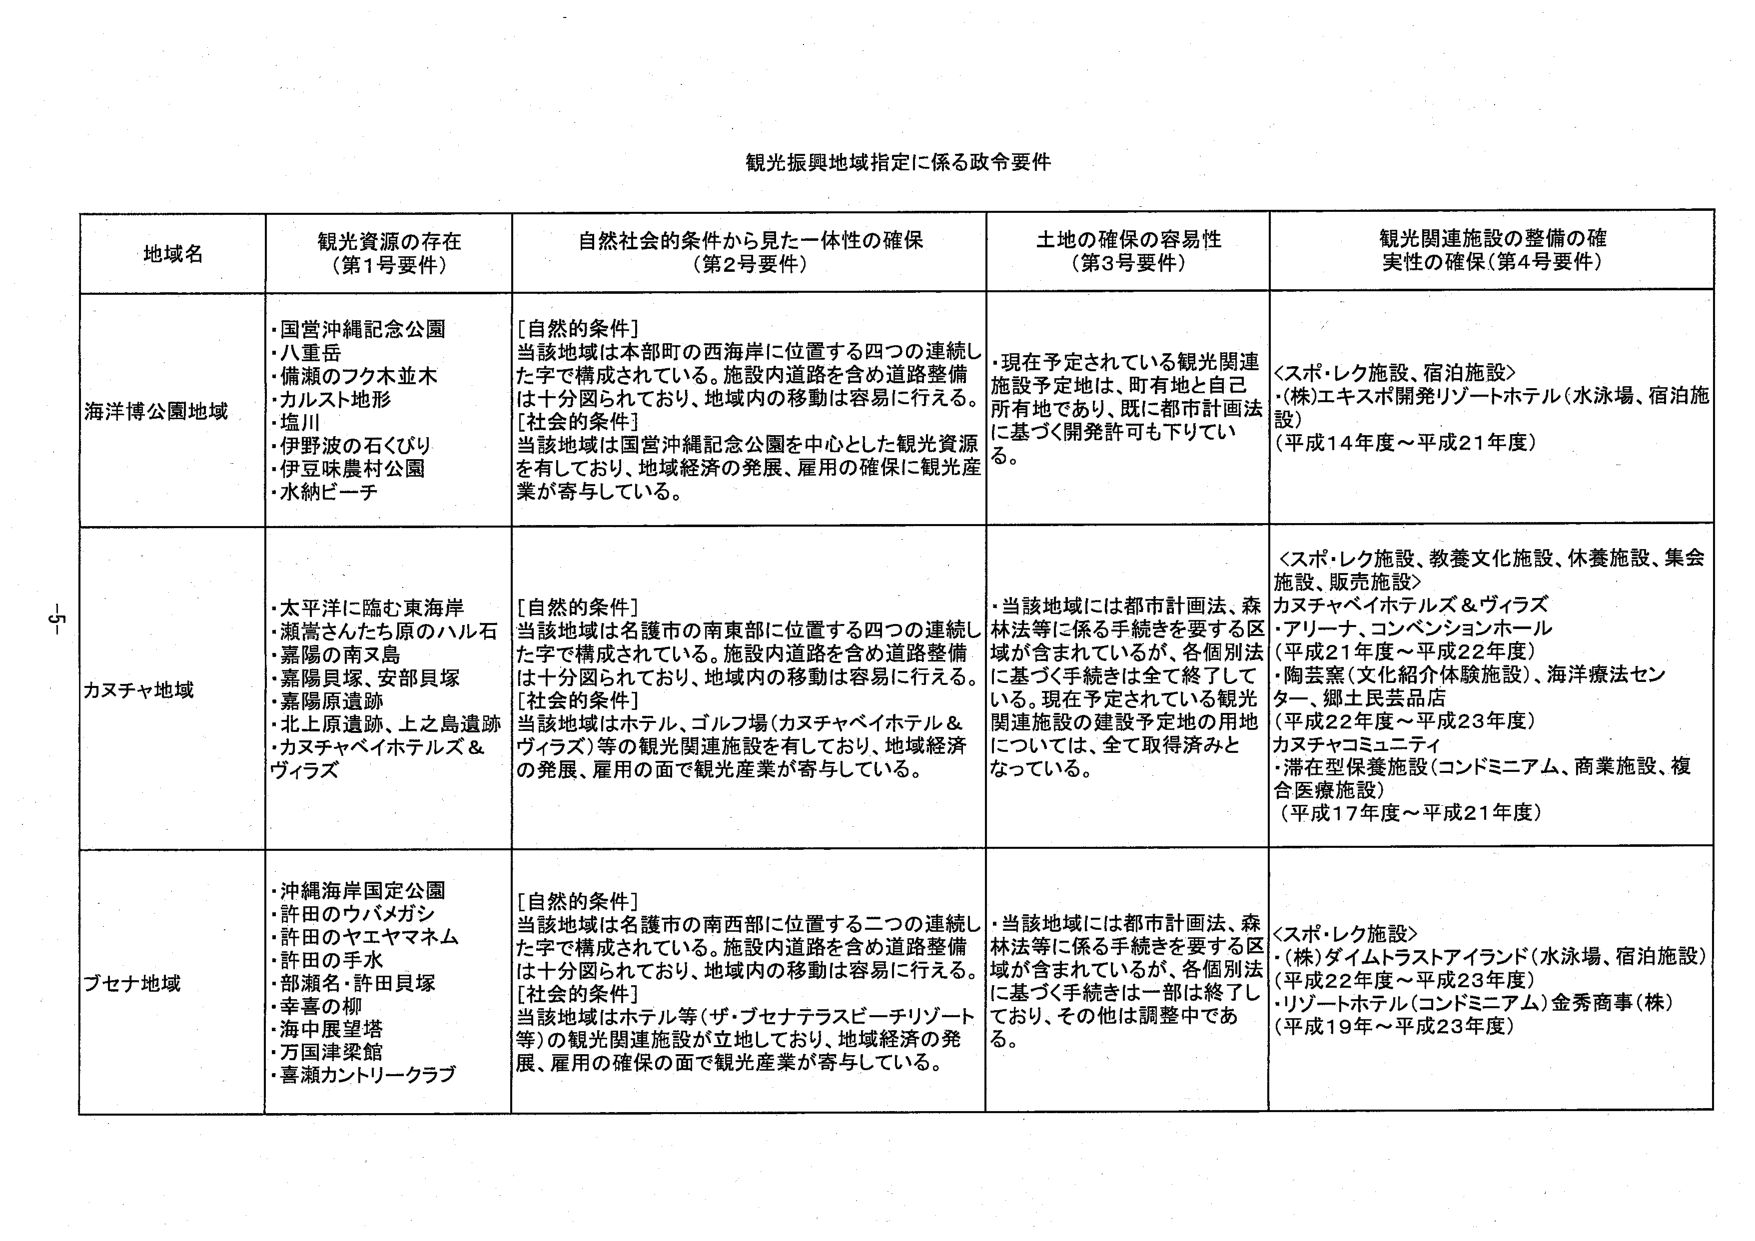
観光振興地域指定に係る政令要件

地域名　　　　　　　　　観光資源の存在　　　　　　　自然社会的条件から見た一体性の確保　　　　　土地の確保の容易性　　　　　観光関連施設の整備の確実性の確保（第4号要件）
　　　　　　　　　　（第1号要件）　　　　　　　　（第2号要件）　　　　　　　　　　（第3号要件）

海洋博公園地域
・国営沖縄記念公園
・八重岳
・備瀬のフク木並木
・カルスト地形
・塩川
・伊野波の石くびり
・伊豆味農村公園
・水納ビーチ

[自然的条件]
当該地域は本部町の西海岸に位置する四つの連続した字で構成されている。施設内道路を含め道路整備は十分図られており、地域内の移動は容易に行える。
[社会的条件]
当該地域は国営沖縄記念公園を中心とした観光資源を有しており、地域経済の発展、雇用の確保に観光産業が寄与している。

・現在予定されている観光関連施設予定地は、町有地と自己所有地であり、既に都市計画法に基づく開発許可も下ろしている。

＜スポ・レク施設、宿泊施設＞
・(株)エキスポ開発リゾートホテル（水泳場、宿泊施設）
（平成14年度～平成21年度）

カヌチャ地域
・太平洋に臨む東海岸
・瀬嵩さんたち原のハル石
・嘉陽の南ヌ島
・嘉陽貝塚、安部貝塚
・嘉陽原遺跡
・北上原遺跡、上之島遺跡
・カヌチャベイホテルズ＆ヴィラズ

[自然的条件]
当該地域は名護市の南東部に位置する四つの連続した字で構成されている。施設内道路を含め道路整備は十分図られており、地域内の移動は容易に行える。
[社会的条件]
当該地域はホテル、ゴルフ場（カヌチャベイホテル＆ヴィラズ）等の観光関連施設を有しており、地域経済の発展、雇用の面で観光産業が寄与している。

・当該地域には都市計画法、森林法等に係る手続きを要する区域が含まれているが、各個別法に基づく手続きは全て終了している。現在予定されている観光関連施設の建設予定地の用地については、全て取得済みとなっている。

＜スポ・レク施設、教養文化施設、休養施設、集会施設、販売施設＞
カヌチャベイホテルズ＆ヴィラズ
・アリーナ、コンベンションホール
（平成21年度～平成22年度）
・陶芸窯（文化紹介体験施設）、海洋療法センター、郷土民芸品店
（平成22年度～平成23年度）
カヌチャコミュニティ
・滞在型保養施設（コンドミニアム、商業施設、複合医療施設）
（平成17年度～平成21年度）

ブセナ地域
・沖縄海岸国定公園
・許田のウバメガシ
・許田のヤエヤマネム
・許田の手水
・部瀬名・許田貝塚
・幸喜の柳
・海中展望塔
・万国津梁館
・喜瀬カントリークラブ

[自然的条件]
当該地域は名護市の南西部に位置する二つの連続した字で構成されている。施設内道路を含め道路整備は十分図られており、地域内の移動は容易に行える。
[社会的条件]
当該地域はホテル等（ザ・ブセナテラスピーチリゾート等）の観光関連施設が立地しており、地域経済の発展、雇用の確保の面で観光産業が寄与している。

・当該地域には都市計画法、森林法等に係る手続きを要する区域が含まれているが、各個別法に基づく手続きは一部は終了しており、その他は調整中である。

＜スポ・レク施設＞
・(株)ダイムトラストアイランド（水泳場、宿泊施設）
（平成22年度～平成23年度）
・リゾートホテル（コンドミニアム）金秀商事（株）
（平成19年度～平成23年度）